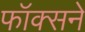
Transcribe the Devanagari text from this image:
फॉक्सने